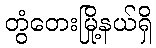
တွံတေးမြို့နယ်ရှိ